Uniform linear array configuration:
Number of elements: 32
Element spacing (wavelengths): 0.5
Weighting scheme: exponential
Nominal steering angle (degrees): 30
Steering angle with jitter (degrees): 29.025
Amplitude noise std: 0.05
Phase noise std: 0.05

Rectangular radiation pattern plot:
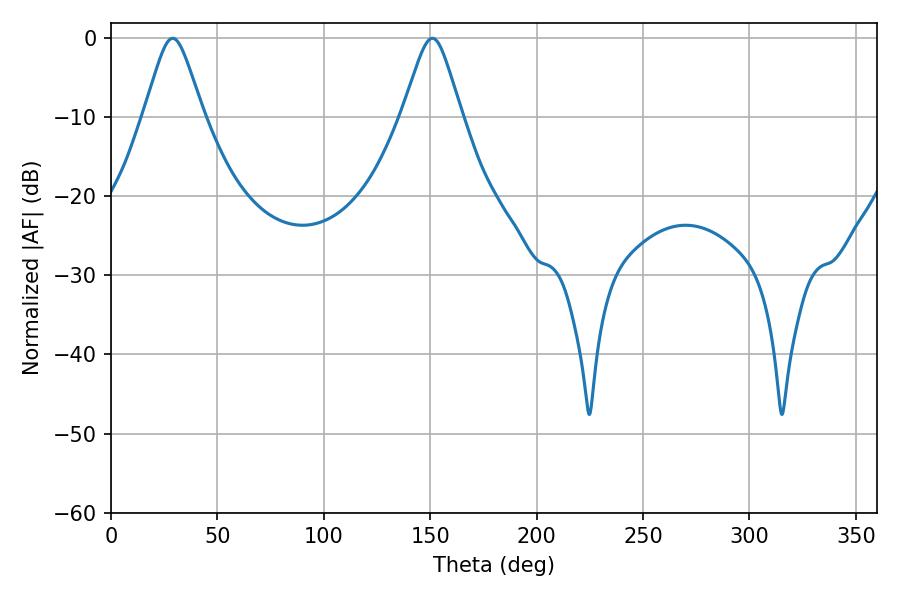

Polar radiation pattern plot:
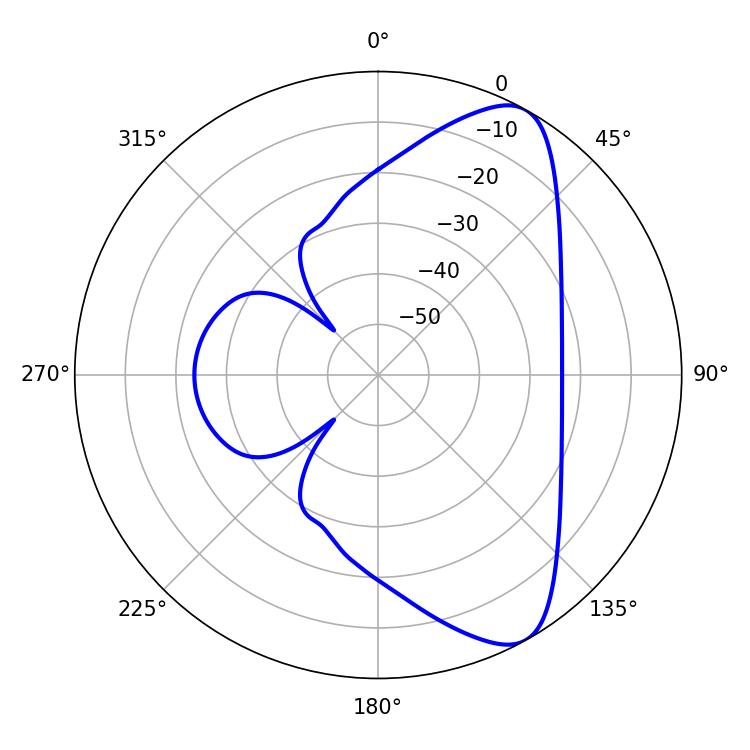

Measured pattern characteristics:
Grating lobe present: FALSE
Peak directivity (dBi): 8.571
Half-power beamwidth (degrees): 13.32
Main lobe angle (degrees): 28.98